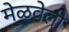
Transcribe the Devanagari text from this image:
मेळवेली